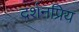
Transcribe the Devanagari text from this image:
दर्शनप्रिय